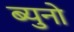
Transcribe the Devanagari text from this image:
ब्युनो